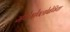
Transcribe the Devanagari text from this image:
मेथेमोग्लोबेमिया